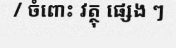
/ ចំពោះ វត្ថុ ផ្សេង ៗ